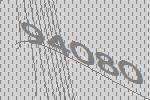
94080